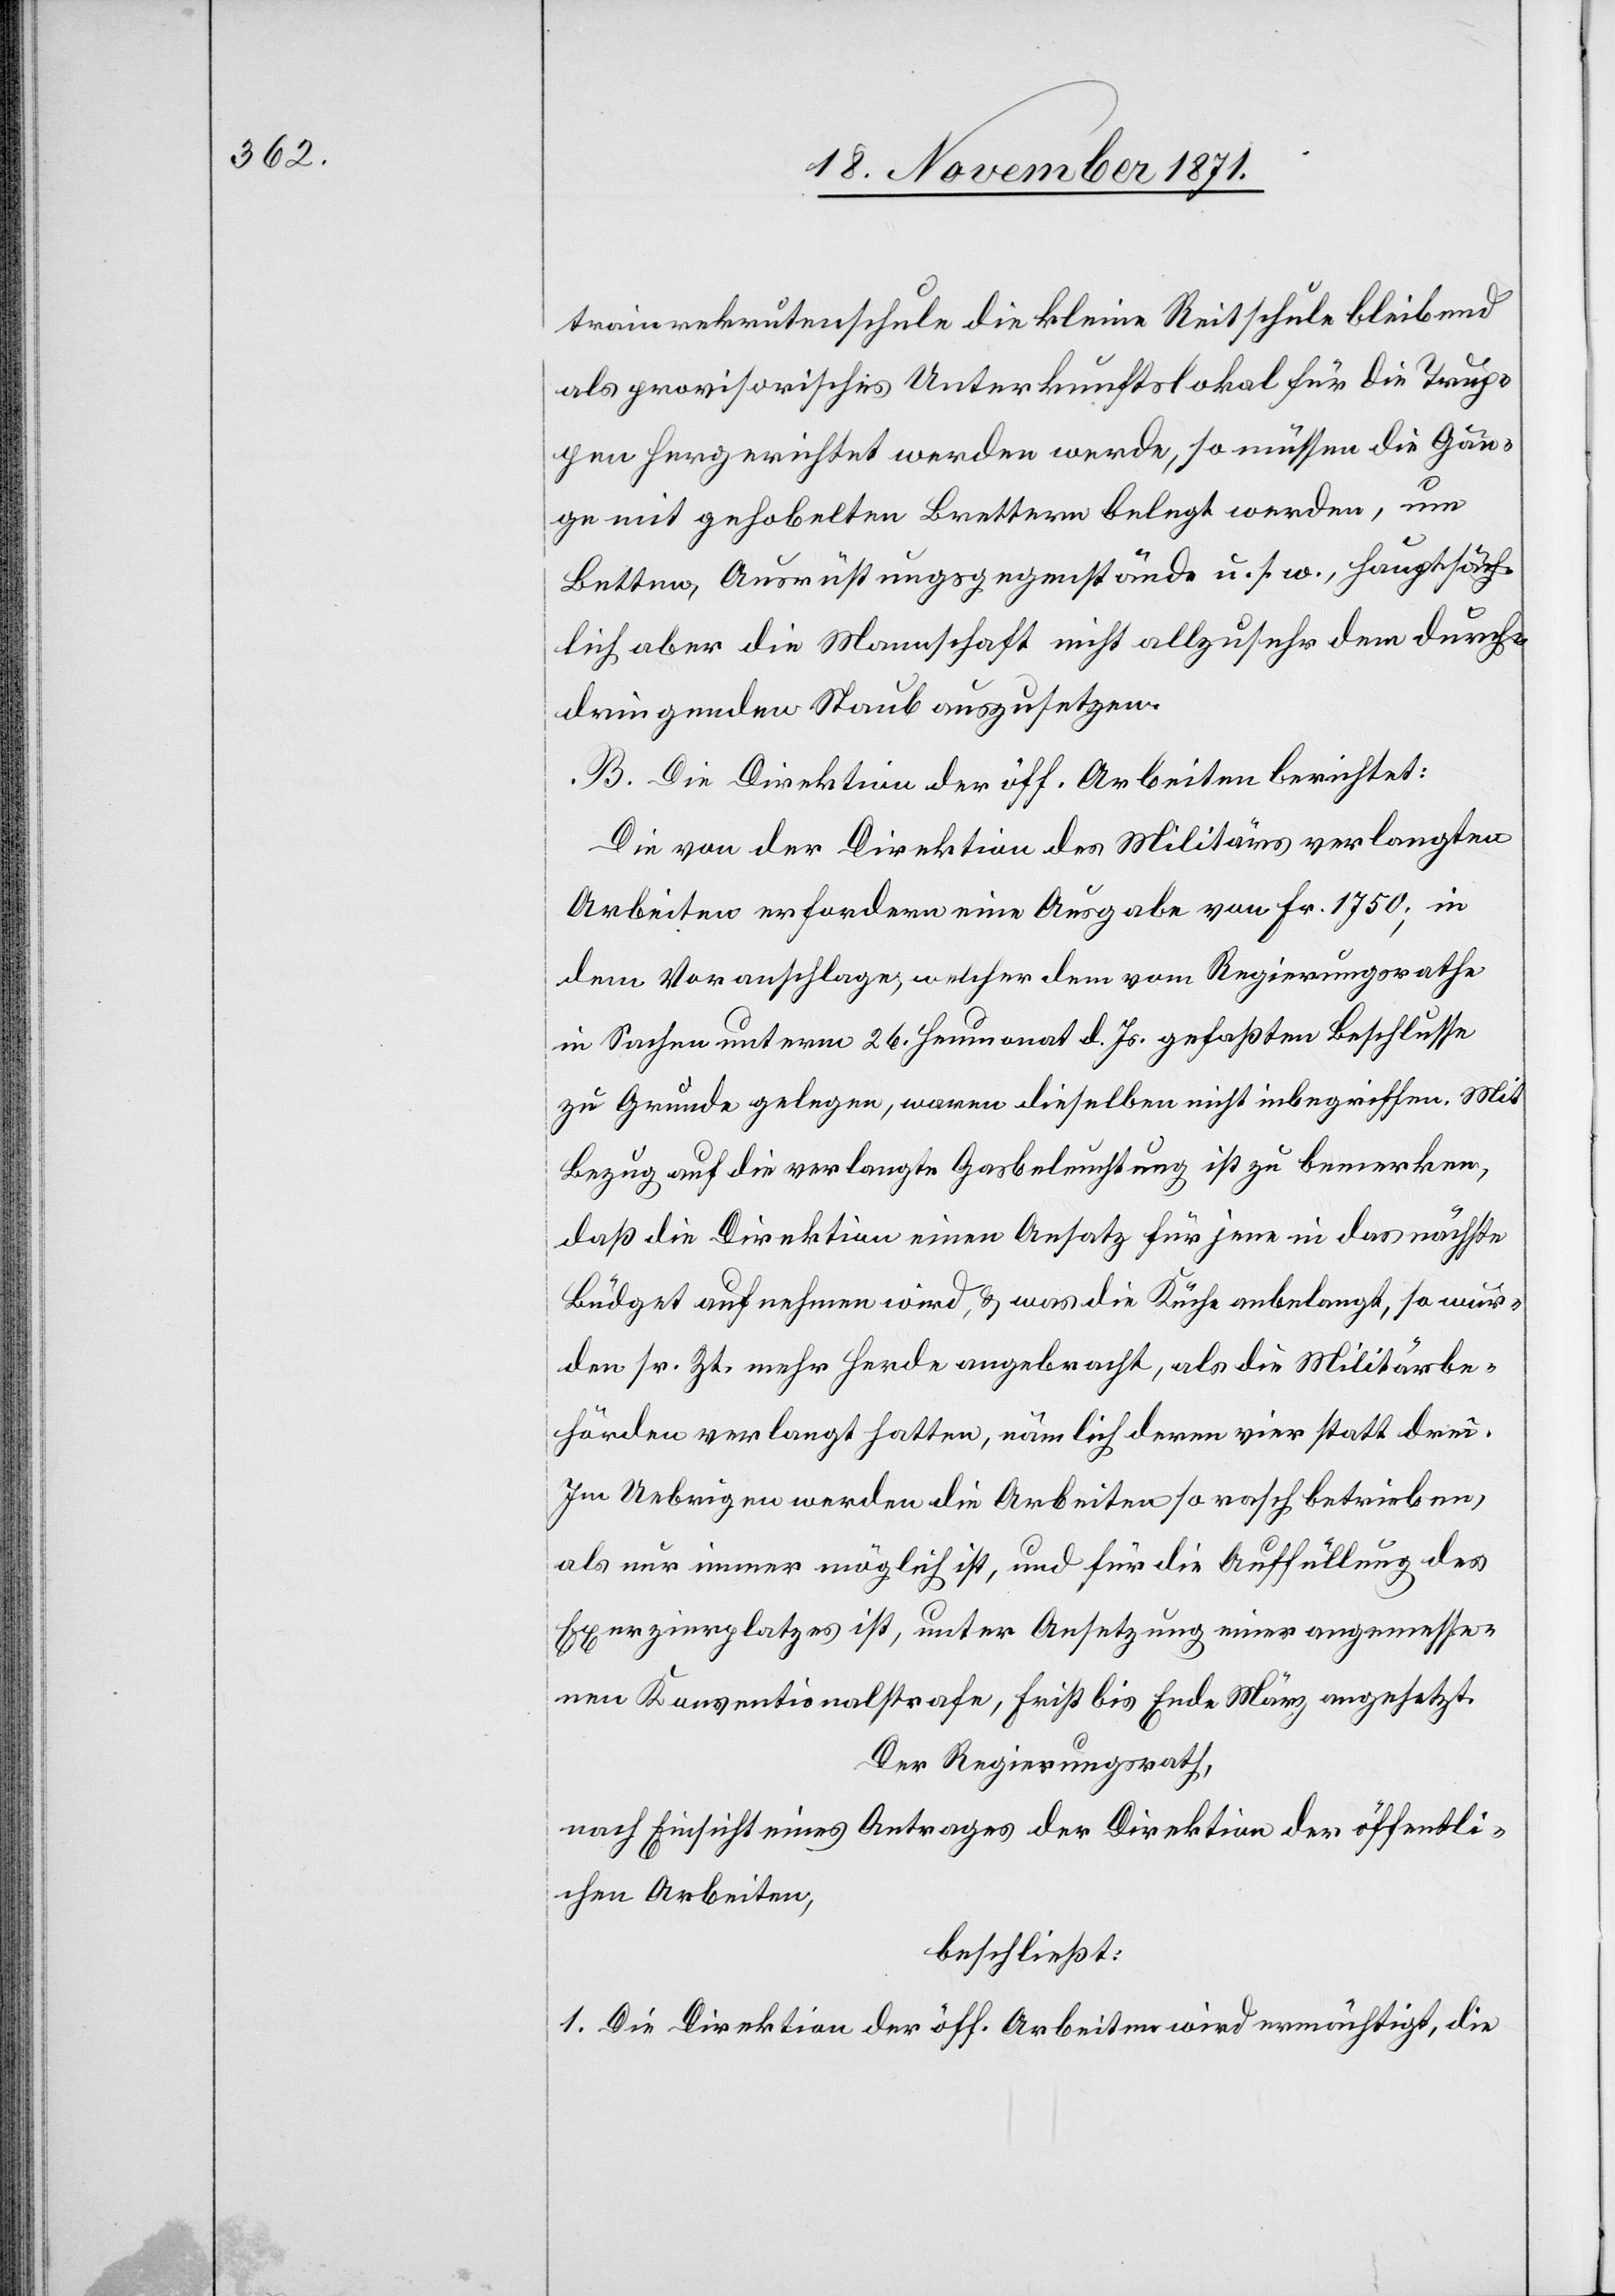
trainrekrutenschule die kleine Reitschule bleibend
als provisorisches Unterkunftslokal für die Trup¬
pen hergerichtet werden werde, so müssen die Gän¬
ge mit gehobelten Brettern belegt werden, um
Betten, Ausrüstungsgegenstände u. s. w., hauptsäch¬
lich aber die Mannschaft nicht allzu sehr dem durch¬
dringenden Staub auszusetzen.
B. Die Direktion der öff. Arbeiten berichtet:
Die von der Direktion des Militärs verlangten
Arbeiten erfordern eine Ausgabe von Fr. 1750; in
dem Voranschlage, welcher dem vom Regierungsrathe
in Sachen unterm 26. Heumonat d. Js. gefaßten Beschlusse
zu Grunde gelegen, waren dieselben nicht inbegriffen. Mit
Bezug auf die verlangte Gasbeleuchtung ist zu bemerken,
daß die Direktion einen Ansatz für jene in das nächste
Büdget aufnehmen wird, & was die Küche anbelangt, so wur¬
den sr. Zeit mehr Herde angebracht, als die Militärbe¬
hörden verlangt hatten, nämlich deren vier statt drei.
Im Uebrigen werden die Arbeiten so rasch betrieben,
als nur immer möglich ist, und für die Auffüllung des
Exerzirplatzes ist, unter Ansetzung einer angemesse¬
nen Konventionalstrafe, Frist bis Ende März angesetzt.
Der Regierungsrath,
nach Einsicht eines Antrages der Direktion der öffentli¬
chen Arbeiten,
beschließt:
1. Die Direktion der öff. Arbeiten wird ermächtigt, die